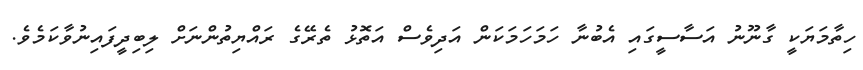
ހިތާމަޔަކީ ގާނޫނު އަސާސީގައި އެބުނާ ހަމަހަމަކަން އަދިވެސް އަތޮޅު ތެރޭގެ ރައްޔިތުންނަށް ލިބިދީފައިނުވާކަމެވެ.